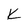
Character: K